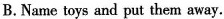
B.Name toys and put them away.